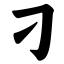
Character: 刁